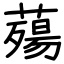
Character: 薚